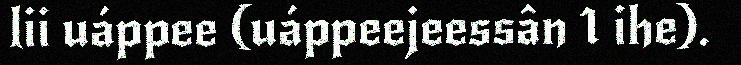
lii uáppee (uáppeejeessân 1 ihe).